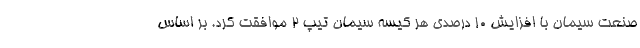
صنعت سیمان با افزایش ۱۰ درصدی هر کیسه سیمان تیپ ۲ موافقت کرد. بر اساس